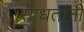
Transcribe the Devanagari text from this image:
साधतांनी